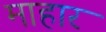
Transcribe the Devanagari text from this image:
माहार